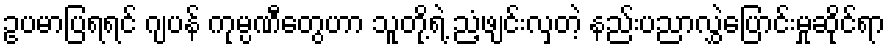
ဥပမာပြရရင် ဂျပန် ကုမ္ပဏီတွေဟာ သူတို့ရဲ့ ညံ့ဖျင်းလှတဲ့ နည်းပညာလွှဲပြောင်းမှုဆိုင်ရာ